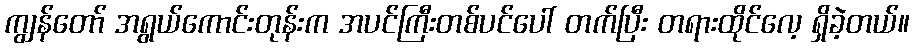
ကျွန်တော် အရွယ်ကောင်းတုန်းက အပင်ကြီးတစ်ပင်ပေါ် တက်ပြီး တရားထိုင်လေ့ ရှိခဲ့တယ်။